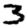
Digit: 3